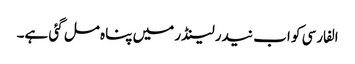
الفارسی کو اب نیدرلینڈر میں پناہ مل گئی ہے۔